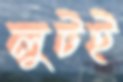
লুটই